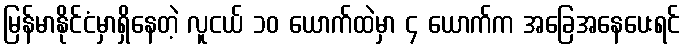
မြန်မာနိုင်ငံမှာရှိနေတဲ့ လူငယ် ၁၀ ယောက်ထဲမှာ ၄ ယောက်က အခြေအနေပေးရင်